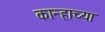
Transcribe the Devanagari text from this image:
कान्हाच्या